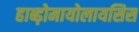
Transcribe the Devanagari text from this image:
हाब्ड़ोमायोलायसिस